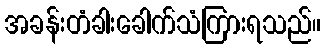
အခန်းတံခါးခေါက်သံကြားရသည်။